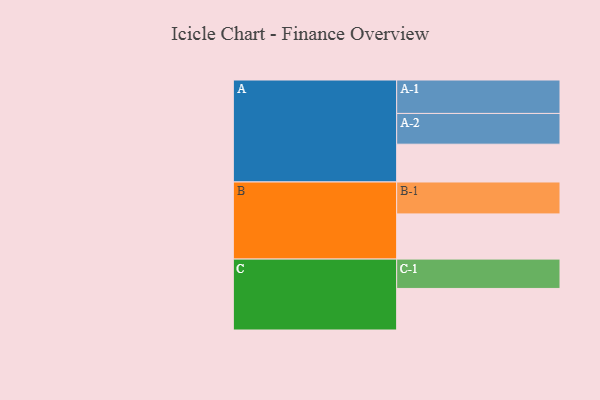
{"axis": {"x": "Segment", "y": "Value"}, "legend": ["", "A", "B", "C"], "data": [{"x": "A", "y": 322, "type": ""}, {"x": "B", "y": 385, "type": ""}, {"x": "C", "y": 354, "type": ""}, {"x": "A-1", "y": 285, "type": "A"}, {"x": "A-2", "y": 262, "type": "A"}, {"x": "B-1", "y": 272, "type": "B"}, {"x": "C-1", "y": 250, "type": "C"}]}